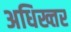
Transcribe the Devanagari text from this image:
अधिख्तर